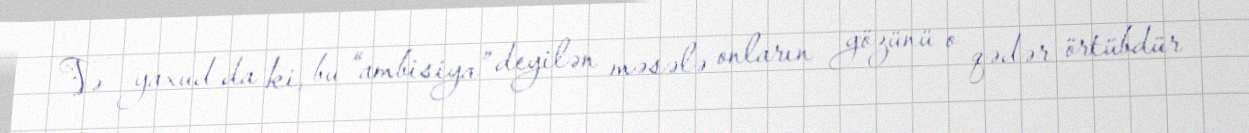
Və yaxud da ki, bu “ambisiya” deyilən məsələ onların gözünü o qədər örtübdür